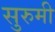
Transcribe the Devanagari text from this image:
सुरुमी